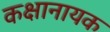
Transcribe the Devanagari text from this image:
कक्षानायक